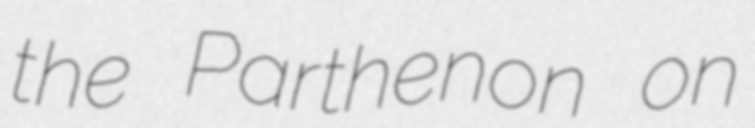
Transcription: the Parthenon on